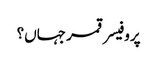
پروفیسر قمر جہاں؟